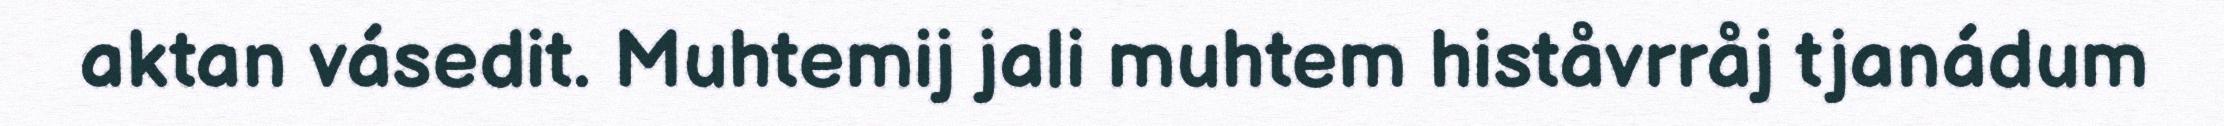
aktan vásedit. Muhtemij jali muhtem histåvrråj tjanádum